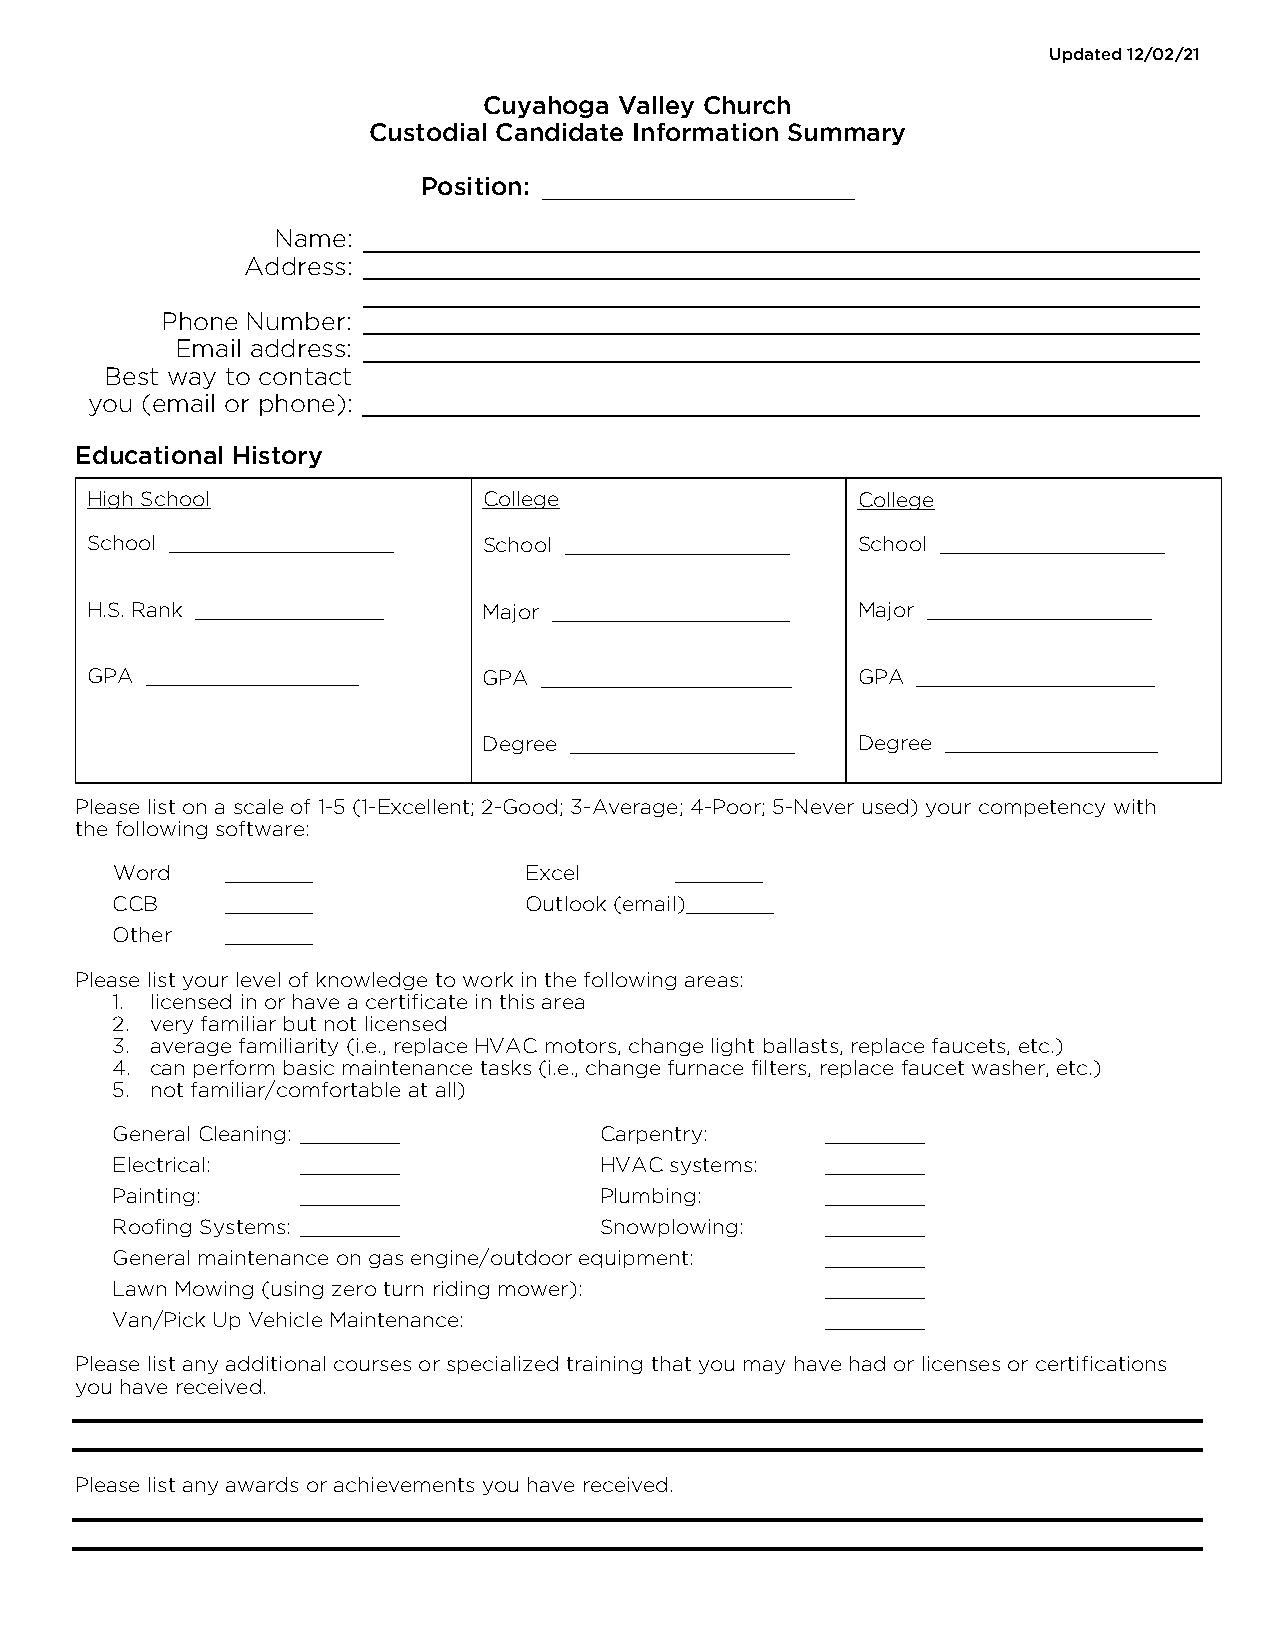
Updated 12/02/21
 Cuyahoga Valley Church
 Custodial Candidate Information Summary
 Position: _________________________
 Name:
 Address:
 Phone Number:
 Email address:
 Best way to contact
 you (email or phone):
 Educational History
 High School               College                  College
 School __________________ School __________________ School __________________
 H.S. Rank _______________ Major ___________________ Major __________________
 GPA _________________     GPA ____________________ GPA ___________________
 Degree __________________ Degree _________________
 Please list on a scale of 1-5 (1-Excellent; 2-Good; 3-Average; 4-Poor; 5-Never used) your competency with
 the following software:
 Word    _______             Excel     _______
 CCB     _______             Outlook (email)_______
 Other   _______
 Please list your level of knowledge to work in the following areas:
 1. licensed in or have a certificate in this area
 2. very familiar but not licensed
 3. average familiarity (i.e., replace HVAC motors, change light ballasts, replace faucets, etc.)
 4. can perform basic maintenance tasks (i.e., change furnace filters, replace faucet washer, etc.)
 5. not familiar/comfortable at all)
 General Cleaning: ________       Carpentry:     ________
 Electrical:  ________            HVAC systems:  ________
 Painting:    ________            Plumbing:      ________
 Roofing Systems: ________        Snowplowing:   ________
 General maintenance on gas engine/outdoor equipment: ________
 Lawn Mowing (using zero turn riding mower):     ________
 Van/Pick Up Vehicle Maintenance:                ________
 Please list any additional courses or specialized training that you may have had or licenses or certifications
 you have received.
 Please list any awards or achievements you have received.